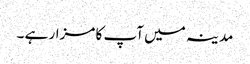
مدینہ میں آپ کا مزار ہے ۔